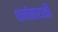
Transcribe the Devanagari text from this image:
धर्मकायकी